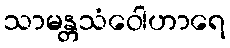
သာမန္တသံဝေါဟာရေ